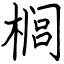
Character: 榈